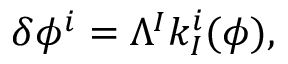
\delta \phi ^ { i } = \Lambda ^ { I } k _ { I } ^ { i } ( \phi ) ,